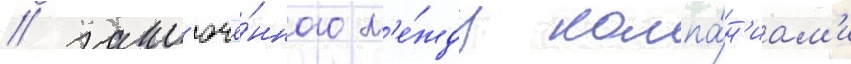
/ закл'ючё́нного м'е́жду компа́н'иам'и